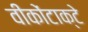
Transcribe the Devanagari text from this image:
वीकोंटाक्टे